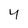
Character: 4